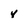
Character: Y